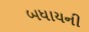
બધાયની